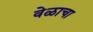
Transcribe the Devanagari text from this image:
वेळाचा